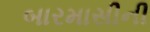
બારમાસીની